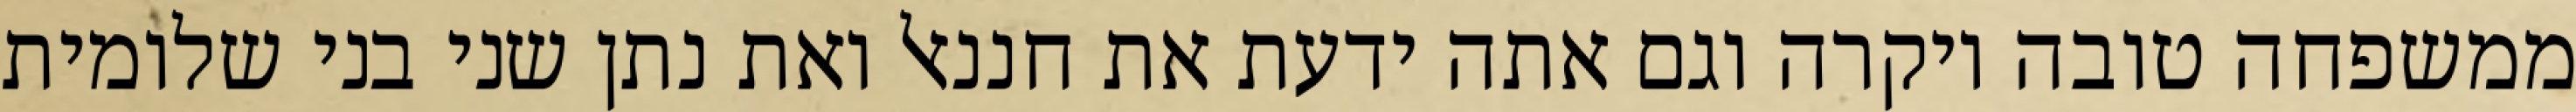
ממשפחה טובה ויקרה וגם אתה ידעת את חננאל ואת נתן שני בני שלומית